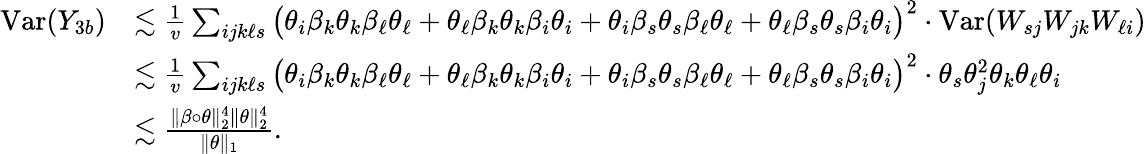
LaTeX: \begin{array}{rl}{\mathrm{Var}(Y_{3b})}&{\lesssim\frac{1}{v}\sum_{ijk\ell s}\big(\theta_{i}\beta_{k}\theta_{k}\beta_{\ell}\theta_{\ell}+\theta_{\ell}\beta_{k}\theta_{k}\beta_{i}\theta_{i}+\theta_{i}\beta_{s}\theta_{s}\beta_{\ell}\theta_{\ell}+\theta_{\ell}\beta_{s}\theta_{s}\beta_{i}\theta_{i}\big)^{2}\cdot\mathrm{Var}(W_{sj}W_{jk}W_{\ell i})}\\ &{\lesssim\frac{1}{v}\sum_{ijk\ell s}\big(\theta_{i}\beta_{k}\theta_{k}\beta_{\ell}\theta_{\ell}+\theta_{\ell}\beta_{k}\theta_{k}\beta_{i}\theta_{i}+\theta_{i}\beta_{s}\theta_{s}\beta_{\ell}\theta_{\ell}+\theta_{\ell}\beta_{s}\theta_{s}\beta_{i}\theta_{i}\big)^{2}\cdot\theta_{s}\theta_{j}^{2}\theta_{k}\theta_{\ell}\theta_{i}}\\ &{\lesssim\frac{\| \beta\circ\theta\| _{2}^{4}\| \theta\| _{2}^{4}}{\| \theta\| _{1}}.}\end{array}